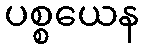
ပစ္စယေန